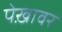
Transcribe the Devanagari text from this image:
पेख़ावर